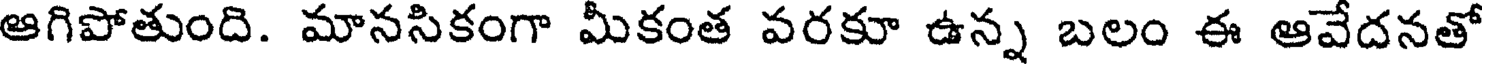
ఆగిపోతుంది. మానసికంగా మీకంత వరకూ ఉన్న బలం ఈ ఆవేదనతో